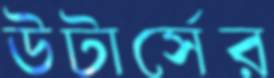
উটার্সের